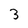
Character: 3